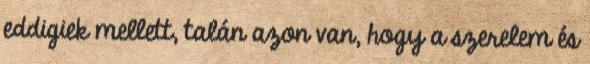
eddigiek mellett, talán azon van, hogy a szerelem és